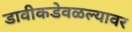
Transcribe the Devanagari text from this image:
डावीकडेवळल्यावर